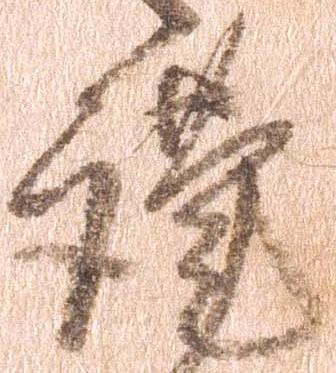
謹